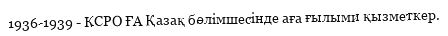
1936-1939 - КСРО ҒА Қазақ бөлімшесінде аға ғылыми қызметкер.